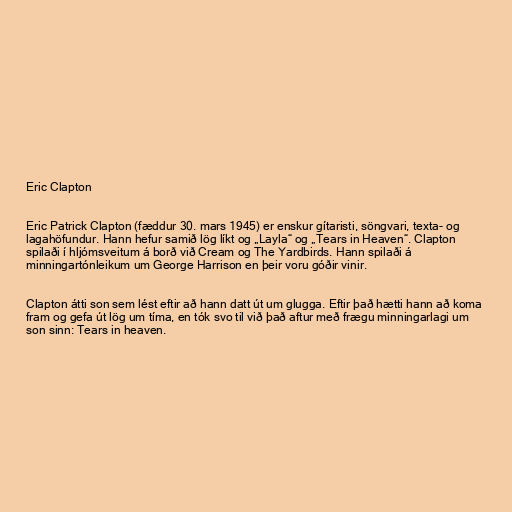
Eric Clapton

Eric Patrick Clapton (fæddur 30. mars 1945) er enskur gítaristi, söngvari, texta- og
lagahöfundur. Hann hefur samið lög líkt og „Layla“ og „Tears in Heaven“. Clapton
spilaði í hljómsveitum á borð við Cream og The Yardbirds. Hann spilaði á
minningartónleikum um George Harrison en þeir voru góðir vinir.

Clapton átti son sem lést eftir að hann datt út um glugga. Eftir það hætti hann að koma
fram og gefa út lög um tíma, en tók svo til við það aftur með frægu minningarlagi um
son sinn: Tears in heaven.